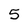
Character: 5